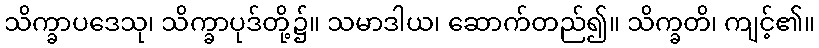
သိက္ခာပဒေသု၊ သိက္ခာပုဒ်တို့၌။ သမာဒါယ၊ ဆောက်တည်၍။ သိက္ခတိ၊ ကျင့်၏။